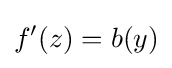
f'(z)=b(y)